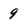
Character: 9